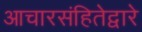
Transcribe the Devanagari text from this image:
आचारसंहितेद्वारे